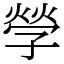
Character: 𡦃